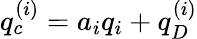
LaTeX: q_{c}^{(i)}=a_{i}q_{i}+q_{D}^{(i)}